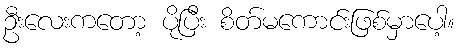
ဦးလေးကတော့ ပိုပြီး စိတ်မကောင်းဖြစ်မှာပေါ့။